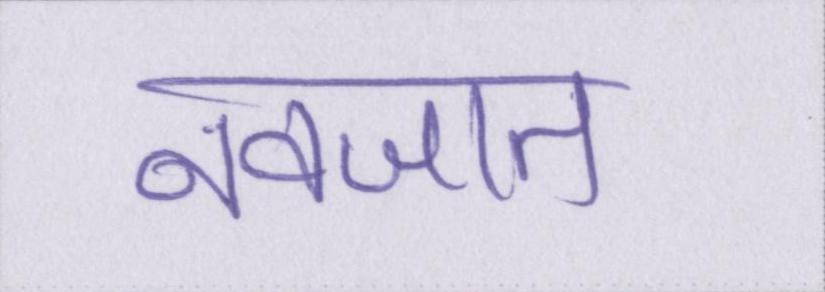
नवजात